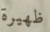
ظهيرة